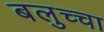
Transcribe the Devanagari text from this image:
बलुच्चा